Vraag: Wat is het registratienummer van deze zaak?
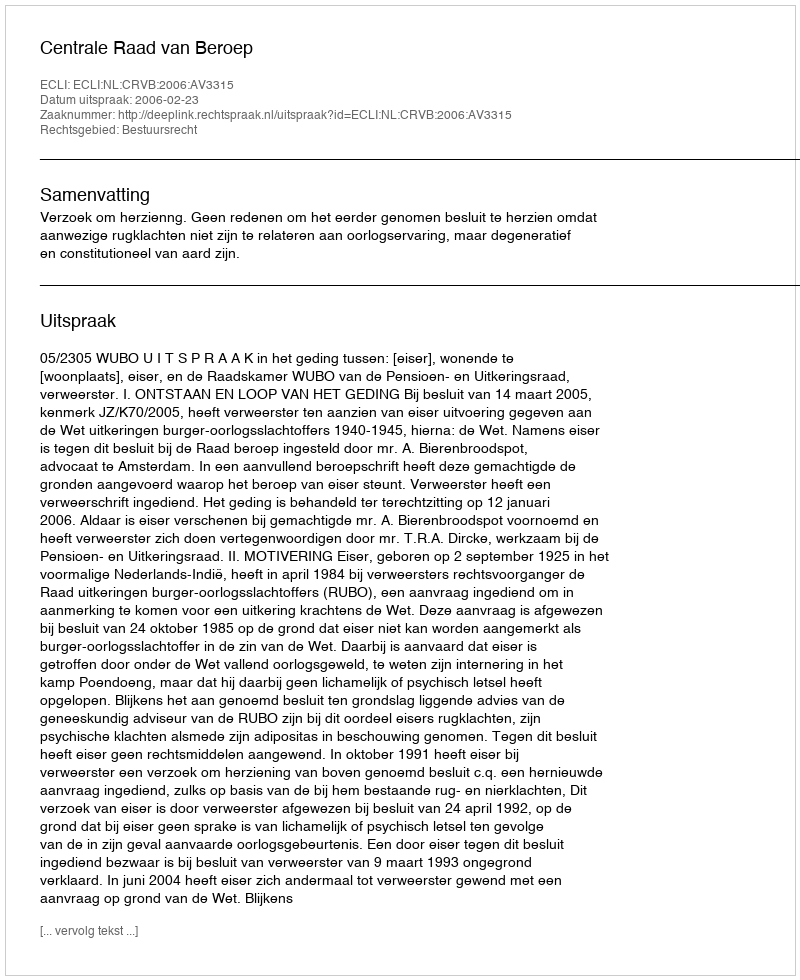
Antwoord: http://deeplink.rechtspraak.nl/uitspraak?id=ECLI:NL:CRVB:2006:AV3315